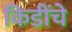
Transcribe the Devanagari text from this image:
किडींचे